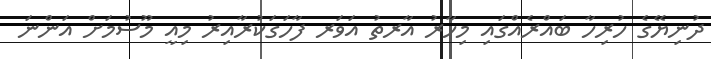
ދުނިޔޭގެ ހުރިހާ ބައްރެއްގައި މިހާރު އާރތު އަވަރ ފާހަގަކުރާއިރު މިއީ މޫސުމަށް އަންނަ